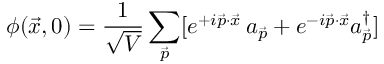
\phi ( \vec { x } , 0 ) = { \frac { 1 } { \sqrt { V } } } \sum _ { \vec { p } } [ e ^ { + i \vec { p } \cdot \vec { x } } \, a _ { \vec { p } } + e ^ { - i \vec { p } \cdot \vec { x } } a _ { \vec { p } } ^ { \dag } ]